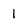
Character: 1